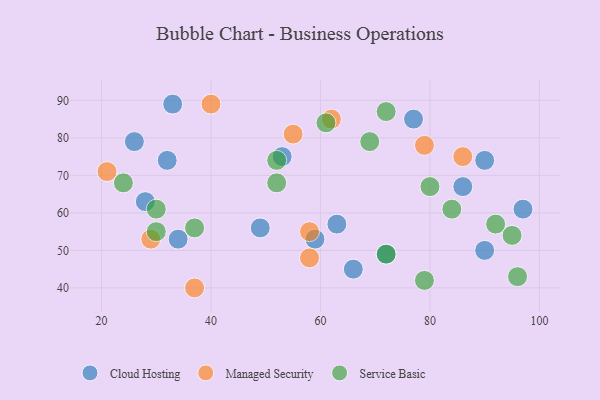
{"axis": {"x": "GDP", "y": "Life Expectancy"}, "legend": ["Cloud Hosting", "Managed Security", "Service Basic"], "data": [{"x": "97", "y": 61, "type": "Cloud Hosting"}, {"x": "90", "y": 74, "type": "Cloud Hosting"}, {"x": "63", "y": 57, "type": "Cloud Hosting"}, {"x": "77", "y": 85, "type": "Cloud Hosting"}, {"x": "59", "y": 53, "type": "Cloud Hosting"}, {"x": "49", "y": 56, "type": "Cloud Hosting"}, {"x": "53", "y": 75, "type": "Cloud Hosting"}, {"x": "28", "y": 63, "type": "Cloud Hosting"}, {"x": "34", "y": 53, "type": "Cloud Hosting"}, {"x": "86", "y": 67, "type": "Cloud Hosting"}, {"x": "66", "y": 45, "type": "Cloud Hosting"}, {"x": "90", "y": 50, "type": "Cloud Hosting"}, {"x": "32", "y": 74, "type": "Cloud Hosting"}, {"x": "26", "y": 79, "type": "Cloud Hosting"}, {"x": "72", "y": 49, "type": "Cloud Hosting"}, {"x": "33", "y": 89, "type": "Cloud Hosting"}, {"x": "55", "y": 81, "type": "Managed Security"}, {"x": "40", "y": 89, "type": "Managed Security"}, {"x": "37", "y": 40, "type": "Managed Security"}, {"x": "86", "y": 75, "type": "Managed Security"}, {"x": "58", "y": 48, "type": "Managed Security"}, {"x": "62", "y": 85, "type": "Managed Security"}, {"x": "58", "y": 55, "type": "Managed Security"}, {"x": "79", "y": 78, "type": "Managed Security"}, {"x": "21", "y": 71, "type": "Managed Security"}, {"x": "29", "y": 53, "type": "Managed Security"}, {"x": "95", "y": 54, "type": "Service Basic"}, {"x": "37", "y": 56, "type": "Service Basic"}, {"x": "52", "y": 74, "type": "Service Basic"}, {"x": "96", "y": 43, "type": "Service Basic"}, {"x": "61", "y": 84, "type": "Service Basic"}, {"x": "92", "y": 57, "type": "Service Basic"}, {"x": "80", "y": 67, "type": "Service Basic"}, {"x": "69", "y": 79, "type": "Service Basic"}, {"x": "30", "y": 55, "type": "Service Basic"}, {"x": "30", "y": 61, "type": "Service Basic"}, {"x": "72", "y": 87, "type": "Service Basic"}, {"x": "24", "y": 68, "type": "Service Basic"}, {"x": "79", "y": 42, "type": "Service Basic"}, {"x": "84", "y": 61, "type": "Service Basic"}, {"x": "52", "y": 68, "type": "Service Basic"}, {"x": "72", "y": 49, "type": "Service Basic"}]}